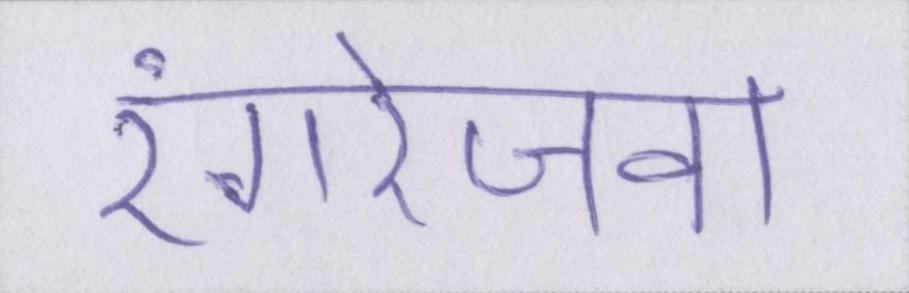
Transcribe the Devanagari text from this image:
रंगरेजवा